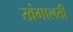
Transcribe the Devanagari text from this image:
खंगालती